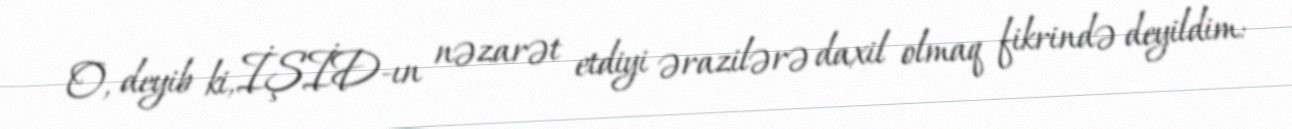
O, deyib ki, İŞİD-ın nəzarət etdiyi ərazilərə daxil olmaq fikrində deyildim: